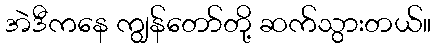
အဲဒီကနေ ကျွန်တော်တို့ ဆက်သွားတယ်။